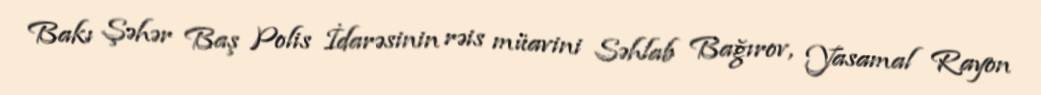
Bakı Şəhər Baş Polis İdarəsinin rəis müavini Səhlab Bağırov, Yasamal Rayon